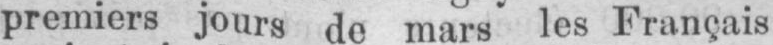
premiers jours de mars les Français